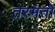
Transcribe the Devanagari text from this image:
तरमतो